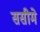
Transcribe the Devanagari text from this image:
ससीमे